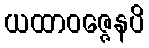
ယထာဝဇ္ဇေနပိ